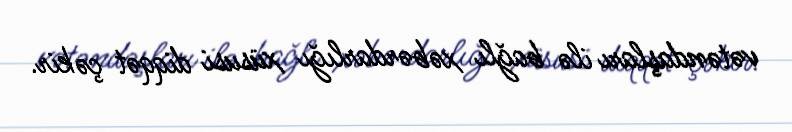
vətəndaşları ilə bağlı xəbərdarlığı xüsusi diqqət çəkir.